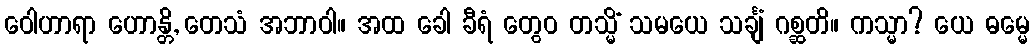
ဝေါဟာရာ ဟောန္တိ, တေသံ အဘာဝါ။ အထ ခေါ ခီရံ တွေဝ တသ္မိံ သမယေ သင်္ချံ ဂစ္ဆတိ။ ကသ္မာ? ယေ ဓမ္မေ